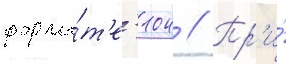
форма́т'е -104 // Пр'и́